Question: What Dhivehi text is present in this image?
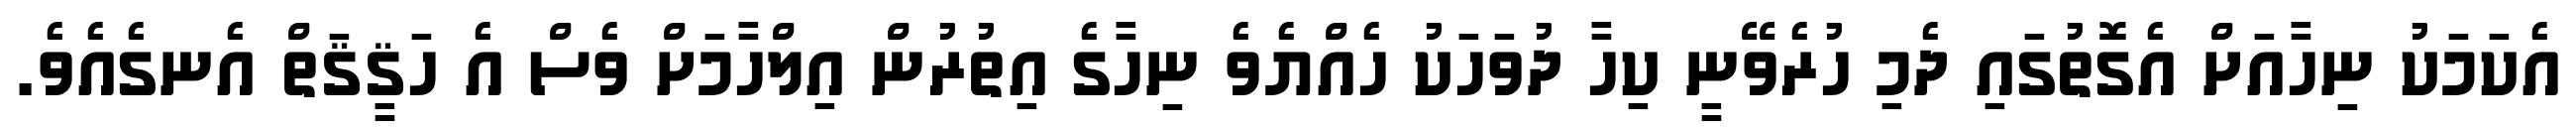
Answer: އެކަމަކު ނިހާއަށް އެގޮތުގައި ދެމި ހުރެވޭނީ ކިހާ ދުވަހަކު ހެއްޔެވެ ނިހާގެ އިތުރުން އިލްހާމަށް ވެސް އެ ހަޤީޤަތް އެނގެއެވެ.